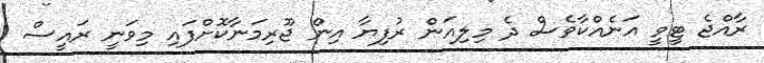
ރާއްޖެ ޓީވީ އަނެއްކާވެސް ދެ މިލިއަން ރުފިޔާ އިން ޖޫރިމަނާކޮށްފައި މިވަނީ ރައީސް